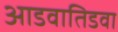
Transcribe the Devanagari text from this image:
आडवातिडवा